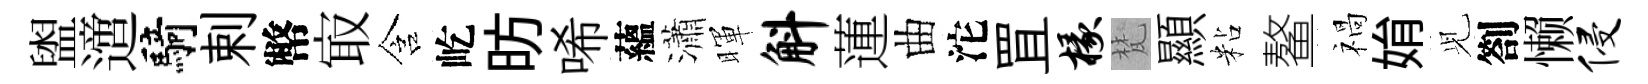
盥𨗁騎剌幣㝡含屹昉唏蘊瀟暉斛蓮曲沱罝椽梵顯粘鳌禍姢𫤗劄懒侵